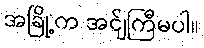
အခြို့က အင်ျကြီမပါ။